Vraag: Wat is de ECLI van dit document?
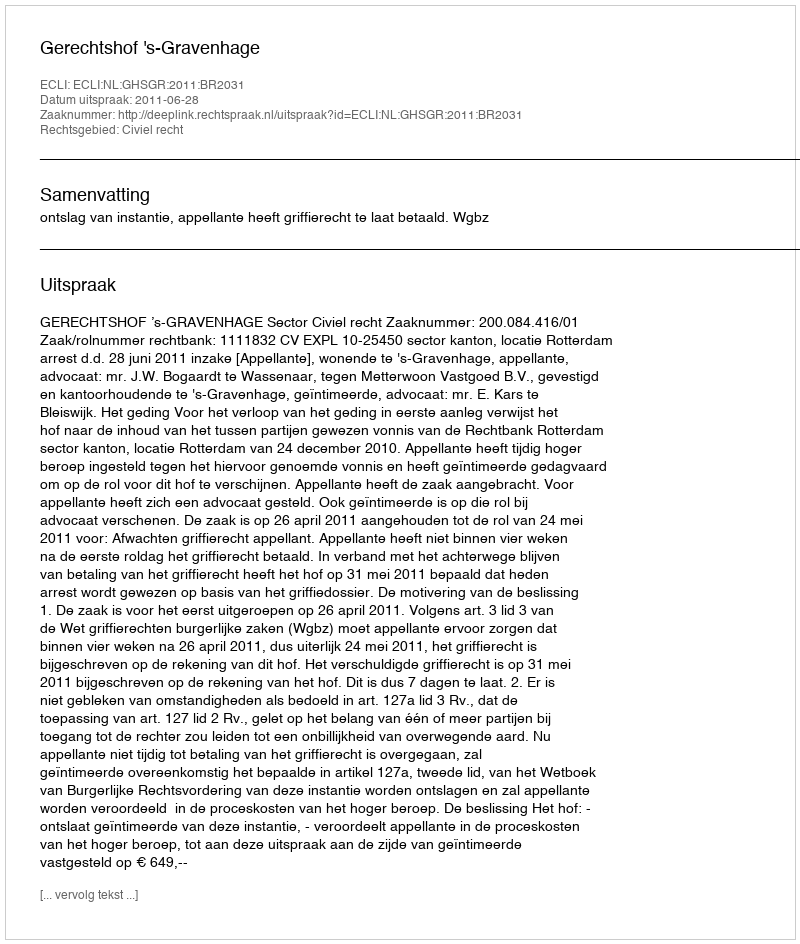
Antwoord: ECLI:NL:GHSGR:2011:BR2031